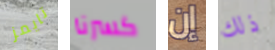
تايمز كسرنا إن ذلك